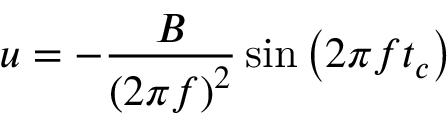
u = - \frac { B } { \left( 2 \pi f \right) ^ { 2 } } \sin { \left( 2 \pi f t _ { c } \right) }